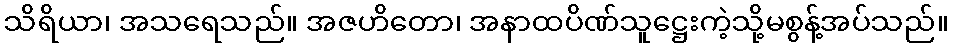
သိရိယာ၊ အသရေသည်။ အဇဟိတော၊ အနာထပိဏ်သူဋ္ဌေးကဲ့သို့မစွန့်အပ်သည်။